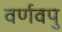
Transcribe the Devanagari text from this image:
वर्णवपु